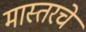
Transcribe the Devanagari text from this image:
मास्तरचे